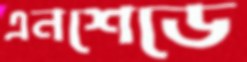
এনশেডে